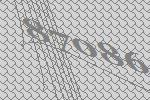
87086